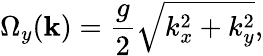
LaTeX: \Omega_{y}(\mathbf{k})=\frac{g}{2}\sqrt{k_{x}^{2}+k_{y}^{2}}\textrm{,}